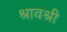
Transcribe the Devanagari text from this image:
श्रावश्री